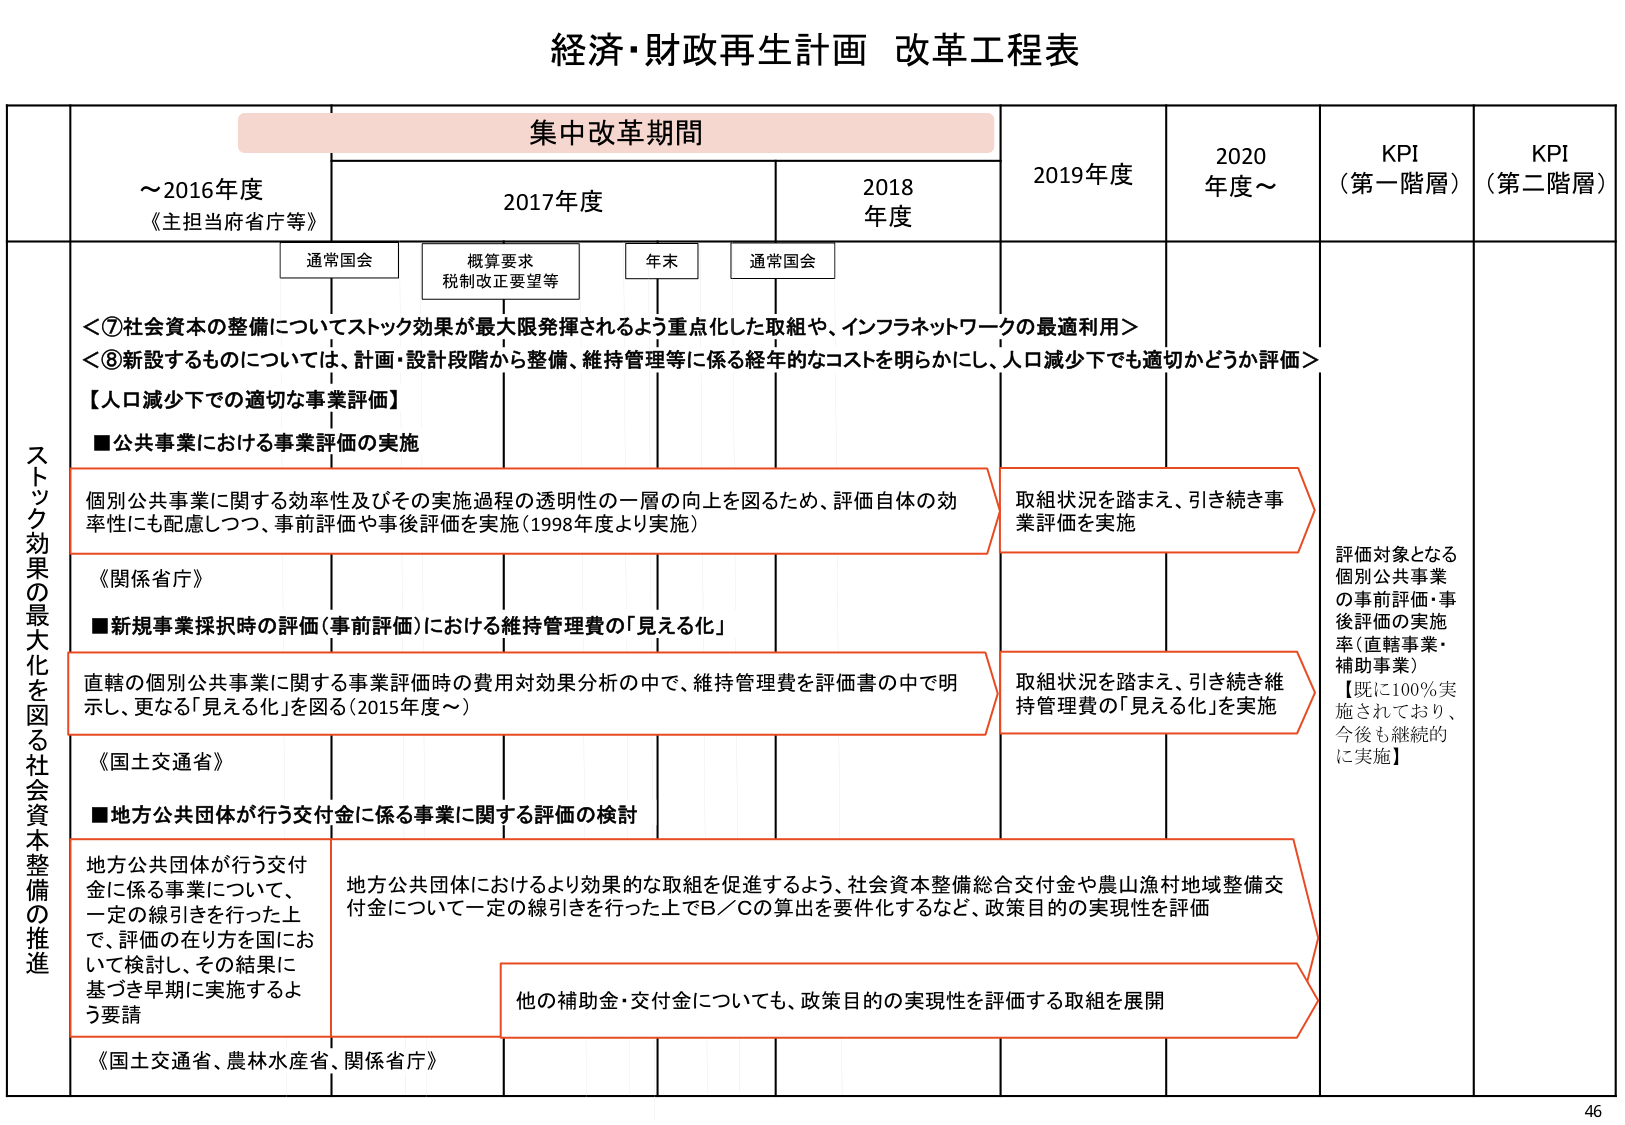
経済・財政再生計画 改革工程表

集中改革期間

～2016年度
《主担当府省庁等》

2017年度

2018年度

2019年度

2020年度～

KPI
（第一階層）

KPI
（第二階層）

通常国会

概算要求
税制改正要望等

年末

通常国会

＜⑦社会資本の整備についてストック効果が最大限発揮されるよう重点化した取組や、インフラネットワークの最適利用＞
＜⑧新設するものについては、計画・設計段階から整備、維持管理等に係る経年的なコストを明らかにし、人口減少下でも適切かどうか評価＞

【人口減少下での適切な事業評価】

■公共事業における事業評価の実施

個別公共事業に関する効率性及びその実施過程の透明性の一層の向上を図るため、評価自体の効率性にも配慮しつつ、事前評価や事後評価を実施（1998年度より実施）

取組状況を踏まえ、引き続き事業評価を実施

評価対象となる
個別公共事業
の事前評価・事
後評価の実施
率（直轄事業・
補助事業）
【既に100％実
施されており、
今後も継続的
に実施】

《関係省庁》

■新規事業採択時の評価（事前評価）における維持管理費の「見える化」

直轄の個別公共事業に関する事業評価時の費用対効果分析の中で、維持管理費を評価書の中で明示し、更なる「見える化」を図る（2015年度～）

取組状況を踏まえ、引き続き維持管理費の「見える化」を実施

《国土交通省》

■地方公共団体が行う交付金に係る事業に関する評価の検討

地方公共団体が行う交付金に係る事業について、一定の線引きを行った上で、評価の在り方を国において検討し、その結果に基づき早期に実施するよう要請

地方公共団体におけるより効果的な取組を促進するよう、社会資本整備総合交付金や農山漁村地域整備交付金について一定の線引きを行った上でB／Cの算出を要件化するなど、政策目的の実現性を評価

他の補助金・交付金についても、政策目的の実現性を評価する取組を展開

《国土交通省、農林水産省、関係省庁》

ストック効果の最大化を図る社会資本整備の推進

46